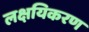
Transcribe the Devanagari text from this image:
लक्षयिकरण